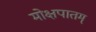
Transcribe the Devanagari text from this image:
मोक्षपातम्